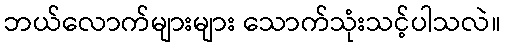
ဘယ်လောက်များများ သောက်သုံးသင့်ပါသလဲ။